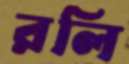
রলি